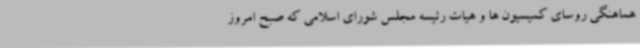
هماهنگی روسای کمیسیون ها و هیات رئیسه مجلس شورای اسلامی که صبح امروز